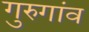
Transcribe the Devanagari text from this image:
गुरुगांव